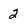
Character: 2